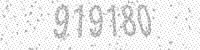
Solution: 919180